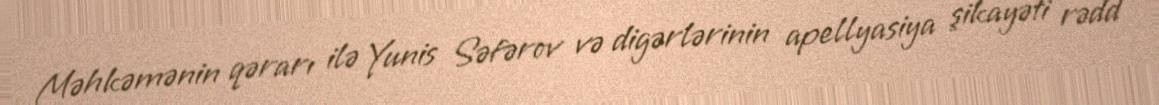
Məhkəmənin qərarı ilə Yunis Səfərov və digərlərinin apellyasiya şikayəti rədd